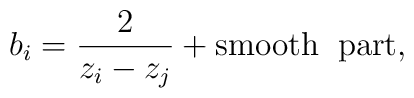
b_{i}=\frac{2}{z_{i}-z_{j}} +{\rm{smooth\; \; part}},